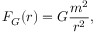
F _ { G } ( r ) = G \frac { m ^ { 2 } } { r ^ { 2 } } ,